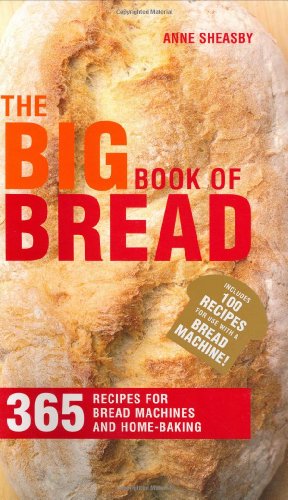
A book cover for The Big Book of Bread: 365 Recipes for Bread Machines and Home Baking; Anne Sheasby; Cookbooks, Food & Wine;